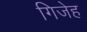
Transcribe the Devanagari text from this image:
गिजेह